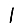
Digit: 1